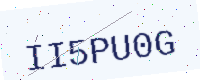
Text: II5PU0G